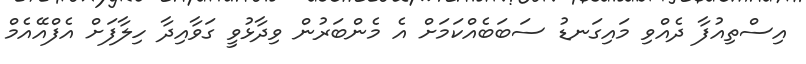
އިސްތިއުފާ ދެއްވި މައިގަނޑު ސަބަބެއްކަމަށް އެ މެންބަރުން ވިދާޅުވީ ގަވާއިދާ ހިލާފަށް އެފްއޭއެމް